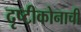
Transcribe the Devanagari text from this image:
दृष्टीकोनाची